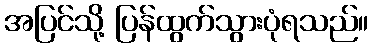
အပြင်သို့ ပြန်ထွက်သွားပုံရသည်။